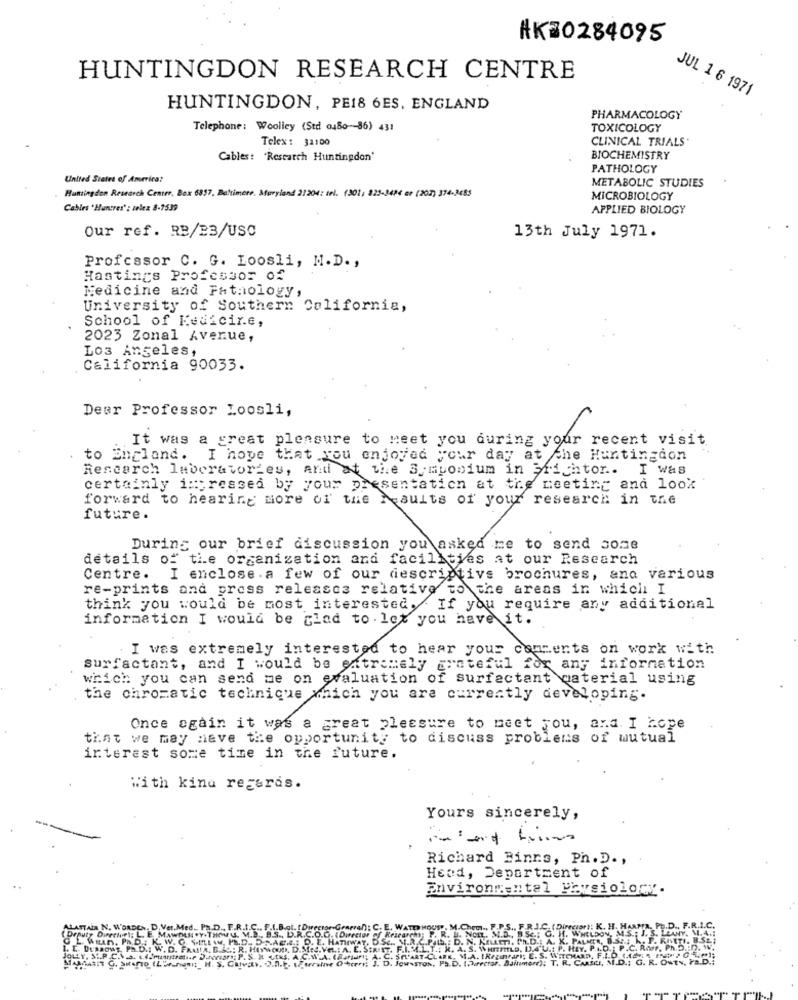
AK30284095
HUNTINGDON RESEARCH CENTRE
JUL 1 6 1971
HUNTINGDON, PE18 6ES, ENGLAND
PHARMACOLOGY
Telephone: Woolley (Std 0480-86) 431
TOXICOLOGY
Telex : 31100
CLINICAL TRIALS.
Cables: 'Rescarch Huntingdon'
BIOCHEMISTRY
PATHOLOGY
United States of America?
Huntingdon Research Center, Box 6857, Baltimore, Maryland 21204: tel. (301; 825-3484 er (202) 374-3485
METABOLIC STUDIES
MICROBIOLOGY
Cables 'Huntres' : telex 8-7539
APPLIED BIOLOGY
Our ref. RB/23/USC
13th July 1971.
Professor C. G. Loosli, M.D. ,
Hastings Professor of
Medicine and Pathology,
University of Southern California,
School of Medicine,
2023 Zonal Avenue,
Los Angeles,
California 90033.
Dear Professor Loosli,
It was a great pleasure to Meet you during your recent visit
to England. I hope that you enjoyed your day at the Huntingdon
Research laboratories, and at the Symposium in Frichtor .. I was
certainly impressed by your presentation at the meeting and look
forward to hearing more of the Results of your research in the
future.
During our brief discussion you asked me to send some
details of the organization and facilities at our Research
Centre. I enclose. a few of our descriptive brochures, and various
re-prints and press releases relative to the areas in which I
think you would be most interested, If you require any additional
information I would be glad to let you have it.
I was extremely interested to hear your comments on work with
surfactant, and I would be extremely grateful for any information
which you can send me on evaluation of surfactant material using
the chromatic technique which you are currently developing.
Once again it was a great pleasure to meet you, and I hope
that we may Have the opportunity to discuss problems of mutual
interest some time in the future.
With kind regards.
Yours sincerely,
Richard Binns, Ph. D .,
Head, Department of
Environmental Physiology.
THOUS, M.Chem .. F.P.S ., F.R.J.C. ( Director): K. H. HARPIA. P
P. R. B. NOI. M.D ., B.Sc .; O. H. WHELDON, M.S .: J. S.
HIWA
R.C.P.S .: D. N. KELLE, Ph.D .: A. K. PALATA, 8.55 .; h . P.
:A. E. SIR
4.L.L. K. A. S. WHATILD, DA'U .: P. HAY. P.I.D .: P.C. R.A.r.
ART-CLARK, M.A. [RetirarI; E. S. WITEMARD, F.I.D. (.142 5
.STON, Ph.D. (?).rector. Daitmore); T. R. CARMILI, M.D .; G. R.